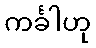
ကင်္ခါဟု